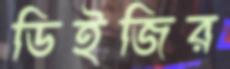
ডিইজির